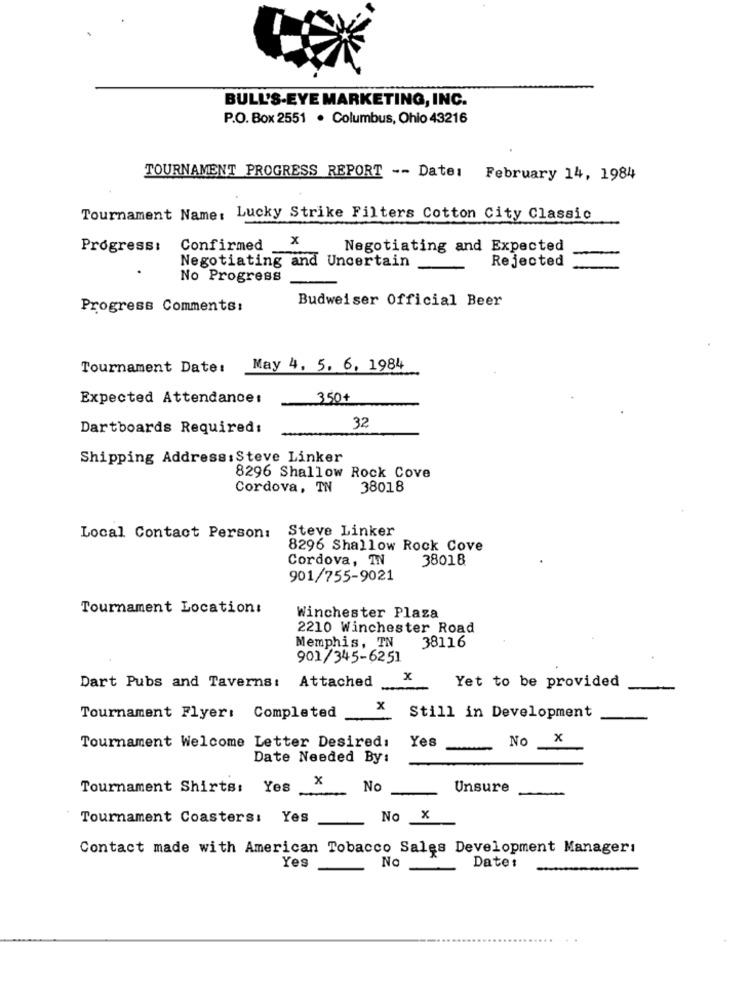
BULL'S-EYE MARKETING, INC.
P.O. Box 2551 . Columbus, Ohio 43216
TOURNAMENT PROGRESS REPORT -- Date: February 14, 1984
Tournament Name: Lucky Strike Filters Cotton City Classic
x
Progress:
Confirmed
Negotiating and Expected
Rejected
Negotiating and Uncertain
No Progress
Budweiser Official Beer
Progress Comments:
Tournament Date:
May 4, 5, 6, 1984
Expected Attendance:
350+
Dartboards Required:
32
Shipping Address: Steve Linker
8296 Shallow Rock Cove
Cordova, TN
38018
Steve Linker
Local Contact Person:
8296 Shallow Rock Cove
Cordova, IN
38018
901/755-9021
Tournament Location:
Winchester Plaza
2210 Winchester Road
Memphis, TN
38116
901/345-6251
Dart Pubs and Taverns: Attached
x
Yet to be provided
x
Tournament Flyer: Completed
Still in Development
Yes
No X
Tournament Welcome Letter Desired:
Date Needed By:
x
Tournament Shirts: Yes ..
No
Unsure
Tournament Coasters: Yes
No X
Contact made with American Tobacco Sales Development Manager:
No
Yes
Date: